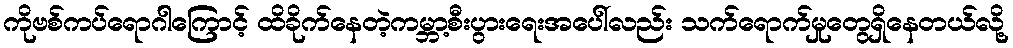
ကိုဗစ်ကပ်ရောဂါကြောင့် ထိခိုက်နေတဲ့ကမ္ဘာ့စီးပွားရေးအပေါ်လည်း သက်ရောက်မှုတွေရှိနေတယ်လို့